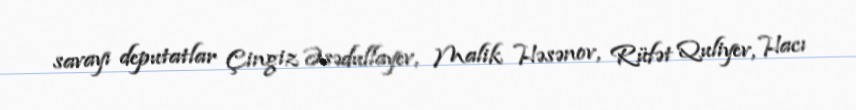
savayı deputatlar Çingiz Əsədullayev, Malik Həsənov, Rüfət Quliyev, Hacı